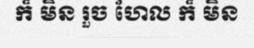
ក៏ មិន រួច ហែល ក៏ មិន